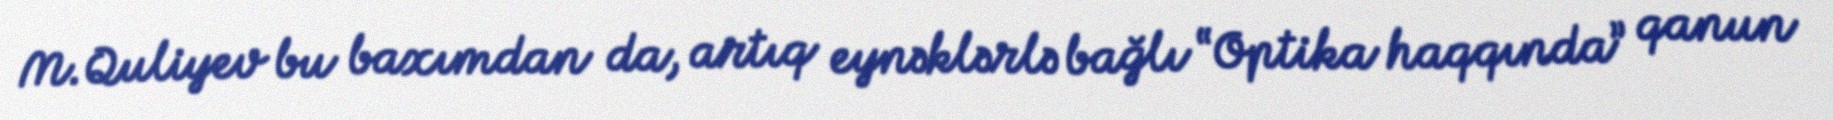
M.Quliyev bu baxımdan da, artıq eynəklərlə bağlı “Optika haqqında” qanun